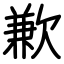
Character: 歉